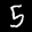
Label: 5